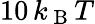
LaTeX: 10\, k_{\mathrm{~B~}}T